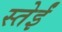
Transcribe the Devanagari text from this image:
स्तेईं